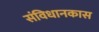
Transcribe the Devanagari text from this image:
संविधानकास